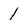
Character: 1